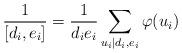
LaTeX: \begin{align*}\frac{1}{[d_i,e_i]}=\frac{1}{d_ie_i}\sum_{u_i\mid d_i,e_i}\varphi(u_i)\end{align*}